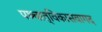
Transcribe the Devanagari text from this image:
पश्र्चात्‌विकासवागद